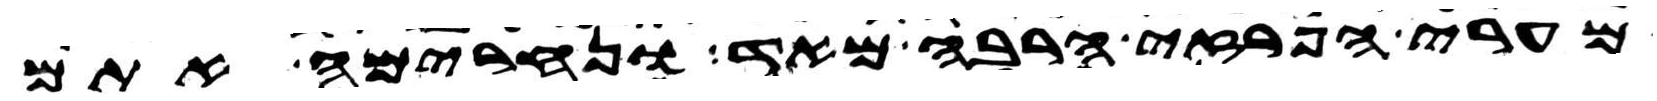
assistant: מערי הפרזי הרבה מאד ונחרימה אתם